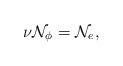
LaTeX: \begin{align*}\mathrm{\nu }\mathcal{N}_{\phi }=\mathcal{N}_{e},\end{align*}